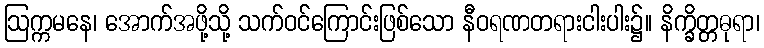
ဩက္ကမနေ၊ အောက်အဖို့သို့ သက်ဝင်ကြောင်းဖြစ်သော နီဝရဏတရားငါးပါး၌။ နိက္ခိတ္တဓုရာ၊